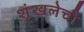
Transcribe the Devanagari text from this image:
शृंखलेची